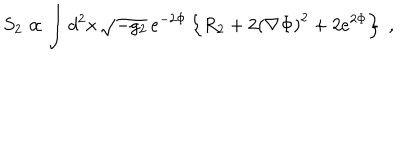
S _ { 2 } \propto \int d ^ { 2 } x \, \sqrt { - g _ { 2 } } \, e ^ { - 2 \Phi } \left\{ R _ { 2 } + 2 { \left( \nabla \Phi \right) } ^ { 2 } + 2 e ^ { 2 \Phi } \right\} \; ,